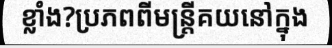
ខ្លាំង?ប្រភពពីមន្ត្រីគយនៅក្នុង